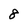
Character: 8